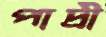
পাদ্রী